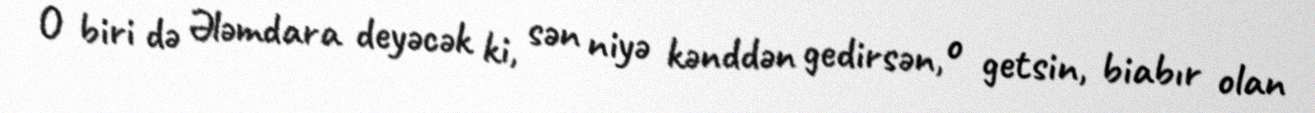
O biri də Ələmdara deyəcək ki, sən niyə kənddən gedirsən, o getsin, biabır olan